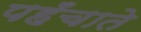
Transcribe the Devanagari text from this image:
पहँचाते